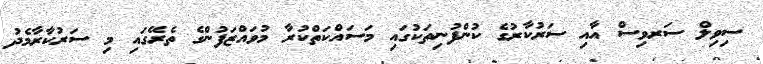
ސިވިލް ސަރވިސް އާއި ސަރުކާރުގެ ކުންފުނިތަކުގައި މަސައްކަތްކުރާ މުވައްޒަފުންގެ ތެރޭގައި މި ސަރުކާރާމެދު